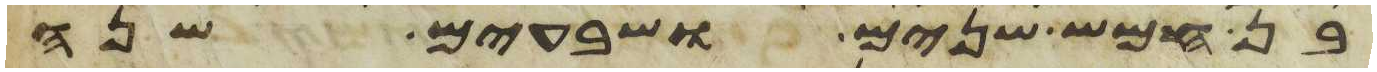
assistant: בן חמש שנים ושבעים שנה